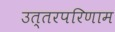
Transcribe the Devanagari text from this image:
उत्तरपरिणाम